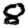
Digit: 8